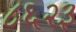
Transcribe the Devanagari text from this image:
८६२३